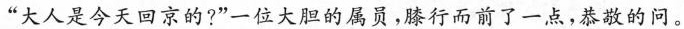
“大人是今天回京的?”一位大胆的属员,膝行而前子一点，恭敬的问。